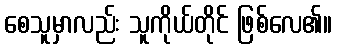
စေသူမှာလည်း သူကိုယ်တိုင် ဖြစ်လေ၏။